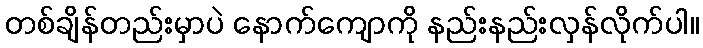
တစ်ချိန်တည်းမှာပဲ နောက်ကျောကို နည်းနည်းလှန်လိုက်ပါ။